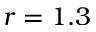
r = 1 . 3